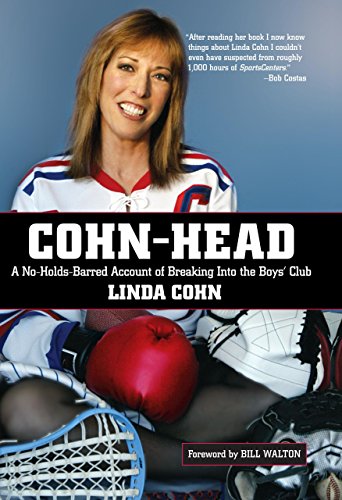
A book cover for Cohn-Head: A No-Holds-Barred Account of Breaking Into the Boys' Club; Linda Cohn; Sports & Outdoors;